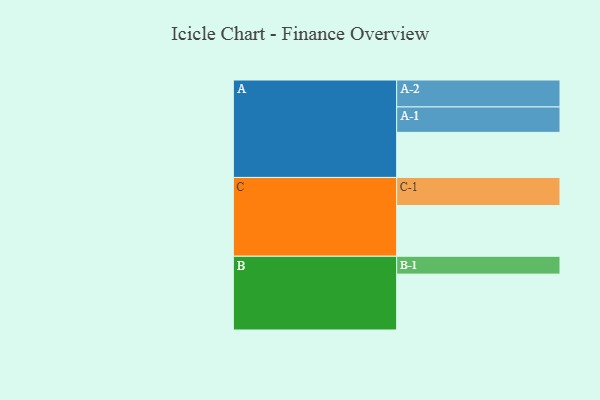
{"axis": {"x": "Segment", "y": "Value"}, "legend": ["", "A", "B", "C"], "data": [{"x": "A", "y": 472, "type": ""}, {"x": "B", "y": 585, "type": ""}, {"x": "C", "y": 531, "type": ""}, {"x": "A-1", "y": 266, "type": "A"}, {"x": "A-2", "y": 282, "type": "A"}, {"x": "B-1", "y": 187, "type": "B"}, {"x": "C-1", "y": 294, "type": "C"}]}